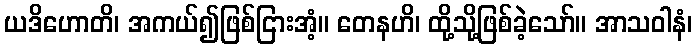
ယဒိဟောတိ၊ အကယ်၍ဖြစ်ငြားအံ့။ တေနဟိ၊ ထို့သို့ဖြစ်ခဲ့သော်။ အာသဝါနံ၊